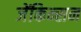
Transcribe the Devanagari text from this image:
जेंकिन्सन